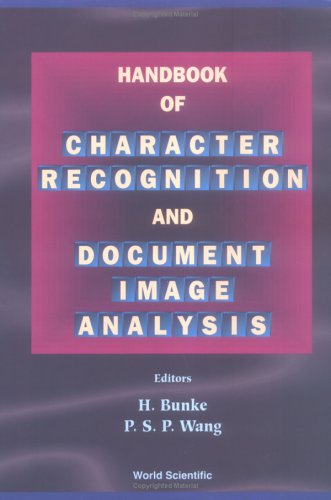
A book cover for Handbook of Character Recognition and Document Image Analysis; Computers & Technology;